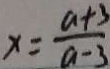
x = \frac { a + 3 } { a - 3 }